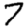
Digit: 7